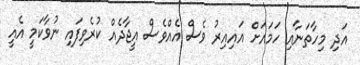
އަދި މިހާތަނާއި ހަމައަށް އައިއިރު ވެސް އެއްވެސް އީޖާދެއް ކުރެވިފައި ނުވާކަމީ އެއީ